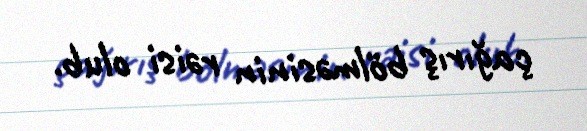
çağırış bölməsinin rəisi olub.